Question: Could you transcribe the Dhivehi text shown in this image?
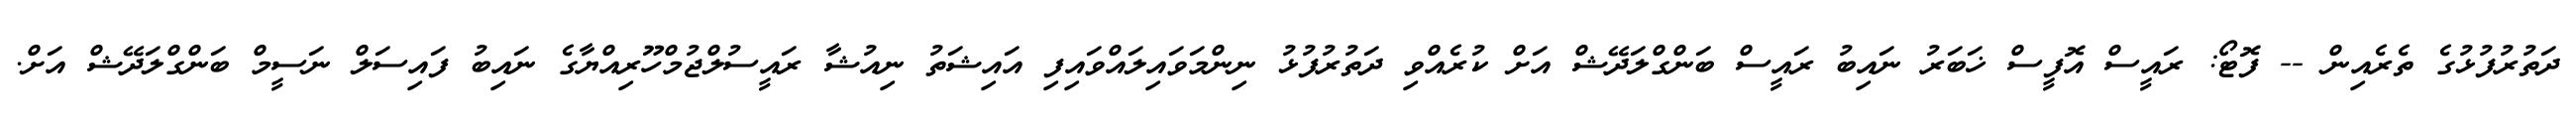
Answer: ދަތުރުފުޅުގެ ތެރެއިން -- ފޮޓޯ: ރައީސް އޮފީސް ޚަބަރު ނައިބު ރައީސް ބަންގްލަދޭޝް އަށް ކުރެއްވި ދަތުރުފުޅު ނިންމަވައިލައްވައިފި އައިޝަތު ނިއުޝާ ރައީސުލްޖުމްހޫރިއްޔާގެ ނައިބު ފައިސަލް ނަސީމް ބަންގްލަދޭޝް އަށް.